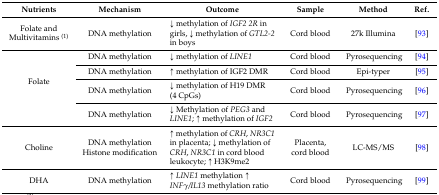
<table><thead><tr><td><b>Nutrients</b></td><td><b>Mechanism</b></td><td><b>Outcome</b></td><td><b>Sample</b></td><td><b>Method</b></td><td><b>Ref.</b></td></tr></thead><tbody><tr><td>Folate and Multivitamins <sup>(1)</sup></td><td>DNA methylation</td><td>↓ methylation of <i>IGF2 2R</i> in girls, ↓ methylation of <i>GTL2-2</i> in boys</td><td>Cord blood</td><td>27k Illumina</td><td>[93]</td></tr><tr><td rowspan="4">Folate</td><td>DNA methylation</td><td>↓ methylation of <i>LINE1</i></td><td>Cord blood</td><td>Pyrosequencing</td><td>[94]</td></tr><tr><td>DNA methylation</td><td>↑ methylation of IGF2 DMR</td><td>Cord blood</td><td>Epi-typer</td><td>[95]</td></tr><tr><td>DNA methylation</td><td>↓ methylation of H19 DMR (4 CpGs)</td><td>Cord blood</td><td>Pyrosequencing</td><td>[96]</td></tr><tr><td>DNA methylation</td><td>↓ Methylation of <i>PEG3</i> and <i>LINE1</i>; ↑ methylation of <i>IGF2</i></td><td>Cord blood</td><td>Pyrosequencing</td><td>[97]</td></tr><tr><td>Choline</td><td>DNA methylationHistone modification</td><td>↑ methylation of <i>CRH</i>, <i>NR3C1</i> in placenta; ↓ methylation of <i>CRH</i>, <i>NR3C1</i> in cord blood leukocyte; ↑ H3K9me2</td><td>Placenta, cord blood</td><td>LC-MS/MS</td><td>[98]</td></tr><tr><td>DHA</td><td>DNA methylation</td><td>↑ <i>LINE1</i> methylation ↑ <i>INF</i><i>γ/IL13</i> methylation ratio</td><td>Cord blood</td><td>Pyrosequencing</td><td>[99]</td></tr></tbody></table>